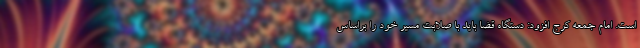
است. امام جمعه کرج افزود: دستگاه قضا باید با صلابت مسیر خود را براساس